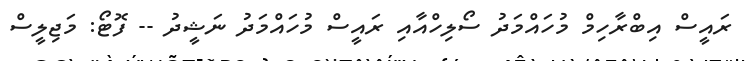
ރައީސް އިބްރާހިމް މުހައްމަދު ސޯލިހްއާއި ރައީސް މުހައްމަދު ނަޝީދު -- ފޮޓޯ: މަޖިލީސް